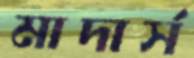
মাদার্স